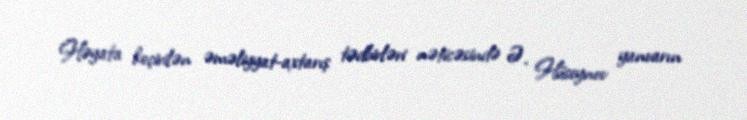
Həyata keçirilən əməliyyat-axtarış tədbirləri nəticəsində Ə. Hüseynov yanvarın